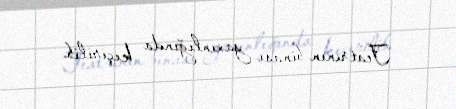
Teatrının binası yaxınlığında keçirilib.